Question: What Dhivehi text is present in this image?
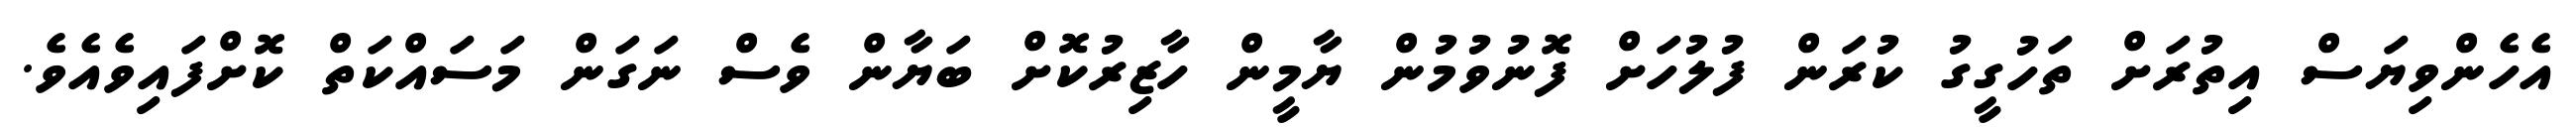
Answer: އެހެންވިޔަސް އިތުރަށް ތަހުގީގު ކުރަން ފުލުހަށް ފޮނުވުމުން ޔާމީން ހާޒިރުކޮށް ބަޔާން ވެސް ނަގަން މަސައްކަތް ކޮށްފައިވެއެވެ.